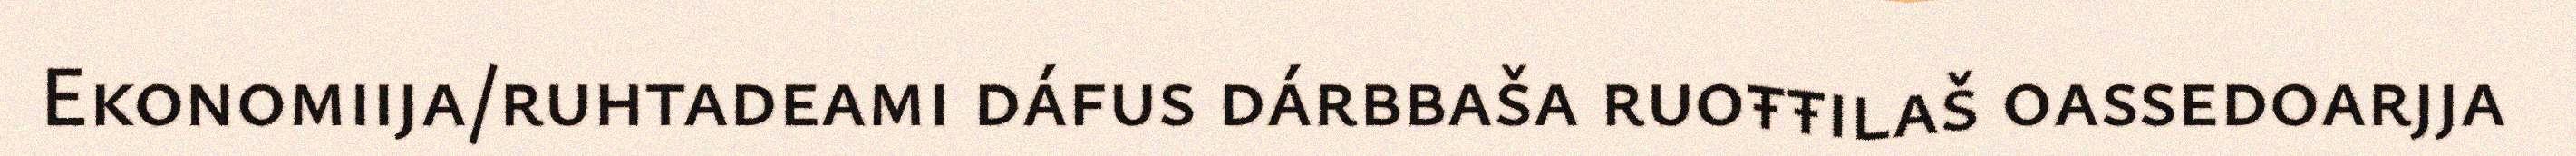
Ekonomiija/ruhtadeami dáfus dárbbaša ruoŧŧilaš oassedoarjja